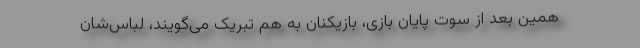
همین بعد از سوت پایان بازی، بازیکنان به هم تبریک می‌گویند، لباس‌شان